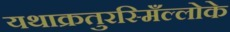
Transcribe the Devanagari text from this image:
यथाक्रतुरस्मिँल्लोके